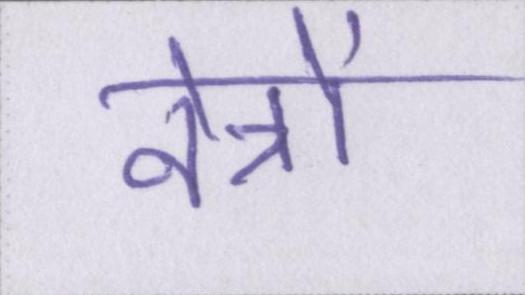
नेत्रों